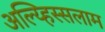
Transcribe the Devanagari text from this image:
अल्य्हिस्सलाम